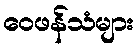
ဝေဖန်သံများ